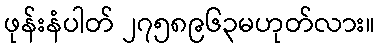
ဖုန်းနံပါတ် ၂၇၅၈၉၆၃မဟုတ်လား။